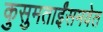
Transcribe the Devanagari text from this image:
कुसुमताईंसमवेत